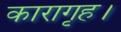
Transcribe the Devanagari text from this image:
कारागृह।